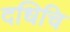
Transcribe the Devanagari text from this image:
दधिचि